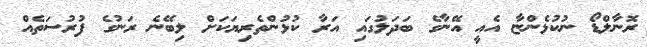
ރޮނާލްޑޯ ނުކުޅެންޏާ އެއީ އޭނާގެ ބަދަލުގައި އަރާ ކުޅުންތެރިޔަކަށް ލިބޭނެ ރަނުގެ ފުރުސަތެއް